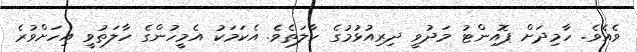
ވެއެވެ. ހާމިދަށް ޕޮއިންޓު މަދުވީ ދިރިއުޅުމުގެ ހާލަތެވެ. އެކަަމަކު އެމީހުންގެ ހާލަތުވީ އިހަށްވުރެ